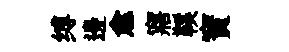
缚邊愈寤鞵寳